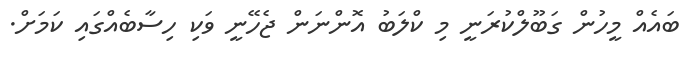
ބައެއް މީހުން ގަބޫލްކުރަނީ މި ކްލަބު އޮންނަން ޖެހޭނީ ވަކި ހިސާބެއްގައި ކަމަށް.